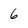
Character: 6